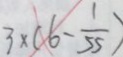
3 \times ( 6 - \frac { 1 } { 5 5 } )